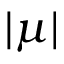
| \mu |